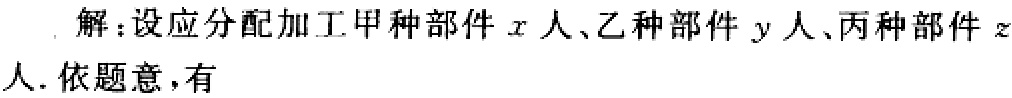
解：设应分配加工甲种部件\(x\)人、乙种部件\(y\)人、丙种部件\(z\)人. 依题意，有